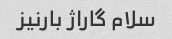
سلام گاراژ بارنیز